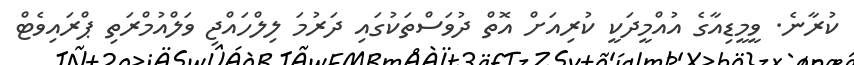
ކުރާނެ. ވީމީޑިއާގެ އުއްމީދަކީ ކުރިއަށް އޮތް ދުވަސްތަކުގައި ދަރުމަ ލިލްހައްޖި ވަލްއުމްރަތި ޕްރައިވެޓް